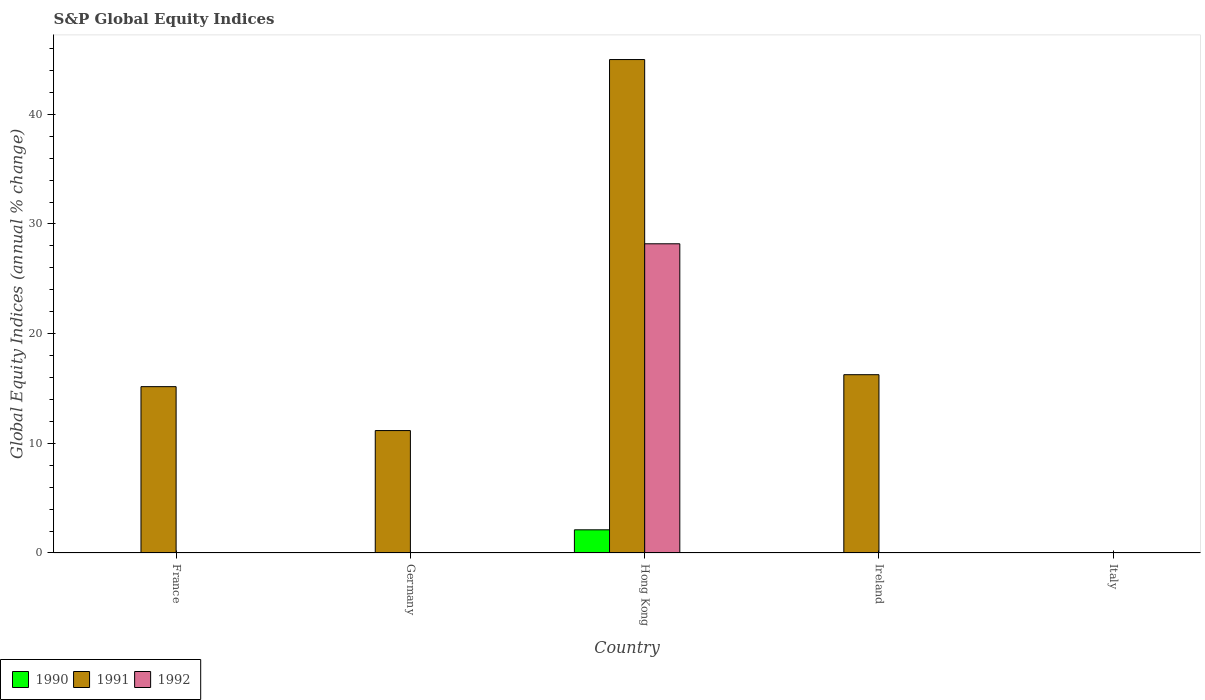
| Country | 1990 | 1991 | 1992 |
 | --- | --- | --- | --- |
 | France | -14.8 | 15.2 | -1.12 |
 | Germany | -11.9 | 11.2 | -8 |
 | Hong Kong | 2.11 | 45 | 28.2 |
 | Ireland | -21.2 | 16.3 | -18.8 |
 | Italy | -16 | -3.01 | -29.9 |